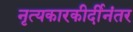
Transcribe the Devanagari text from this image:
नृत्यकारकीर्दीनंतर